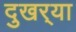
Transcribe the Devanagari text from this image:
दुखर्‍या